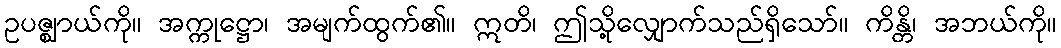
ဥပဇ္ဈာယ်ကို။ အက္ကုဋ္ဌော၊ အမျက်ထွက်၏။ ဣတိ၊ ဤသို့လျှောက်သည်ရှိသော်။ ကိန္တိ၊ အဘယ်ကို။